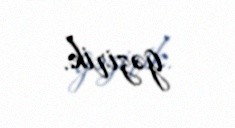
gəzirik.